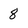
Character: 8